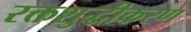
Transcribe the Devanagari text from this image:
रक्तशुद्धीकरण